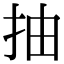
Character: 抽